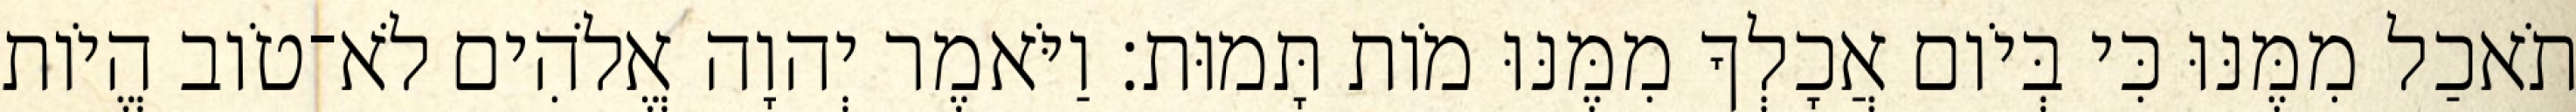
תֹאכַל מִמֶּנּוּ כִּי בְּיֹום אֲכָלְךָ מִמֶּנּוּ מֹות תָּמוּת׃ וַיֹּאמֶר יְהוָה אֱלֹהִים לֹא־טֹוב הֱיֹות